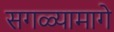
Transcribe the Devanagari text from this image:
सगळ्यामागे